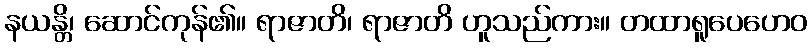
နယန္တိ၊ ဆောင်ကုန်၏။ ရာဇာတိ၊ ရာဇာတိ ဟူသည်ကား။ တထာရူပေဟေဝ